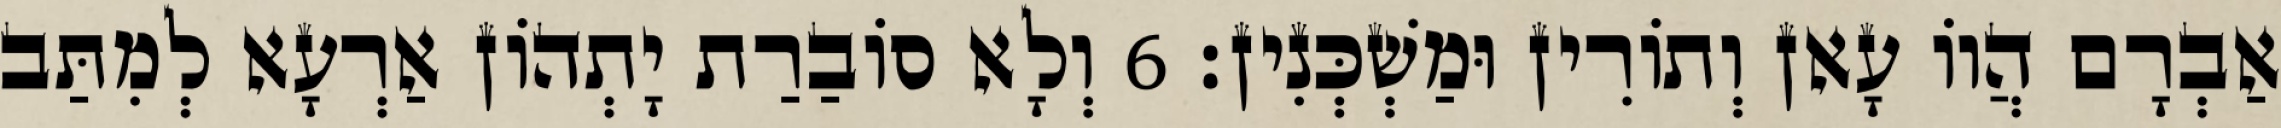
אַבְרָם הֲווֹ עָאן וְתוֹרִין וּמַשְׁכְּנִין׃ 6 וְלָא סוֹבַרַת יָתְהוֹן אַרְעָא לְמִתַּב